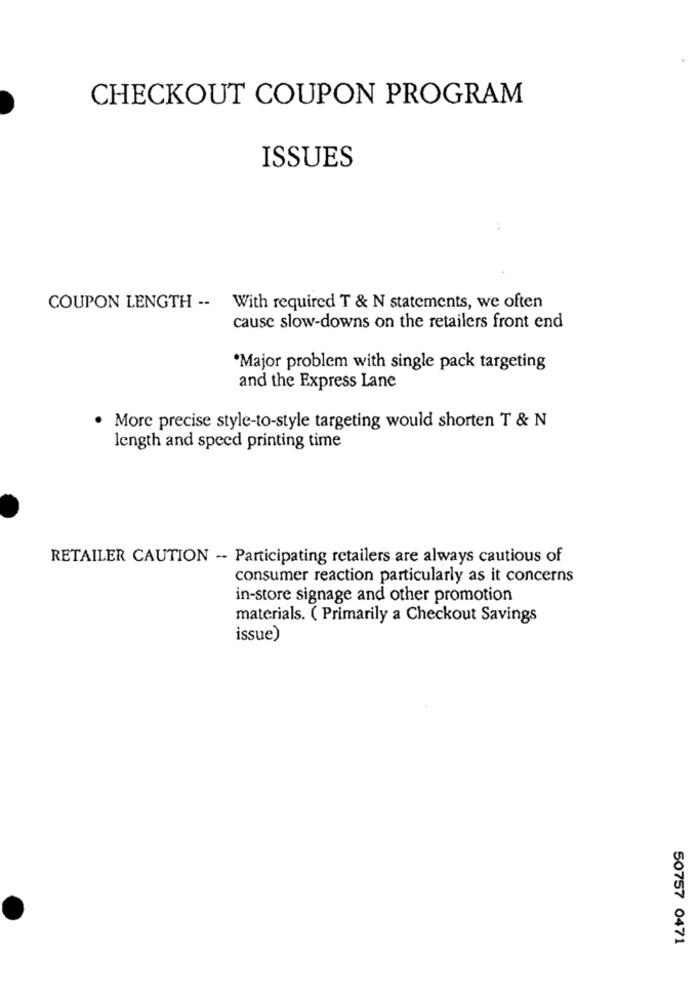
CHECKOUT COUPON PROGRAM
ISSUES
COUPON LENGTH -- With required T & N statements, we often
cause slow-downs on the retailers front end
*Major problem with single pack targeting
and the Express Lane
· More precise style-to-style targeting would shorten T & N
length and speed printing time
RETAILER CAUTION -- Participating retailers are always cautious of
consumer reaction particularly as it concerns
in-store signage and other promotion
materials. ( Primarily a Checkout Savings
issue)
50757 0471